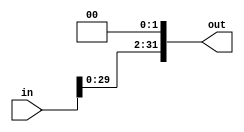
////////////////////////////////////////////////
// SHIFTLEFT.V
//
// TU/e Eindhoven University Of Technology
// Eindhoven, The Netherlands
// 
// Based on work by Sander Stuijk
// 
// Function:
//     SHIFTLEFT and SHIFTRIGHT modules
//
// Version:
//     (27-01-2014): initial version
//
//////////////////////////////////////////////!/

module SHIFTLEFT(in, out);
    input   [31:0] in;
    output  [31:0] out;
    reg     [31:0] out;
    reg     [31:0] a;
    reg     [31:0] b;
    
    always @(in)
        begin : shiftleft_thread
            a = in;
            b = (a << 2);
            out = b;
        end

endmodule